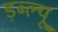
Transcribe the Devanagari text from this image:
ड़ब्ल्यू